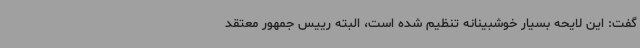
گفت: این لایحه بسیار خوشبینانه تنظیم شده است، البته رییس جمهور معتقد